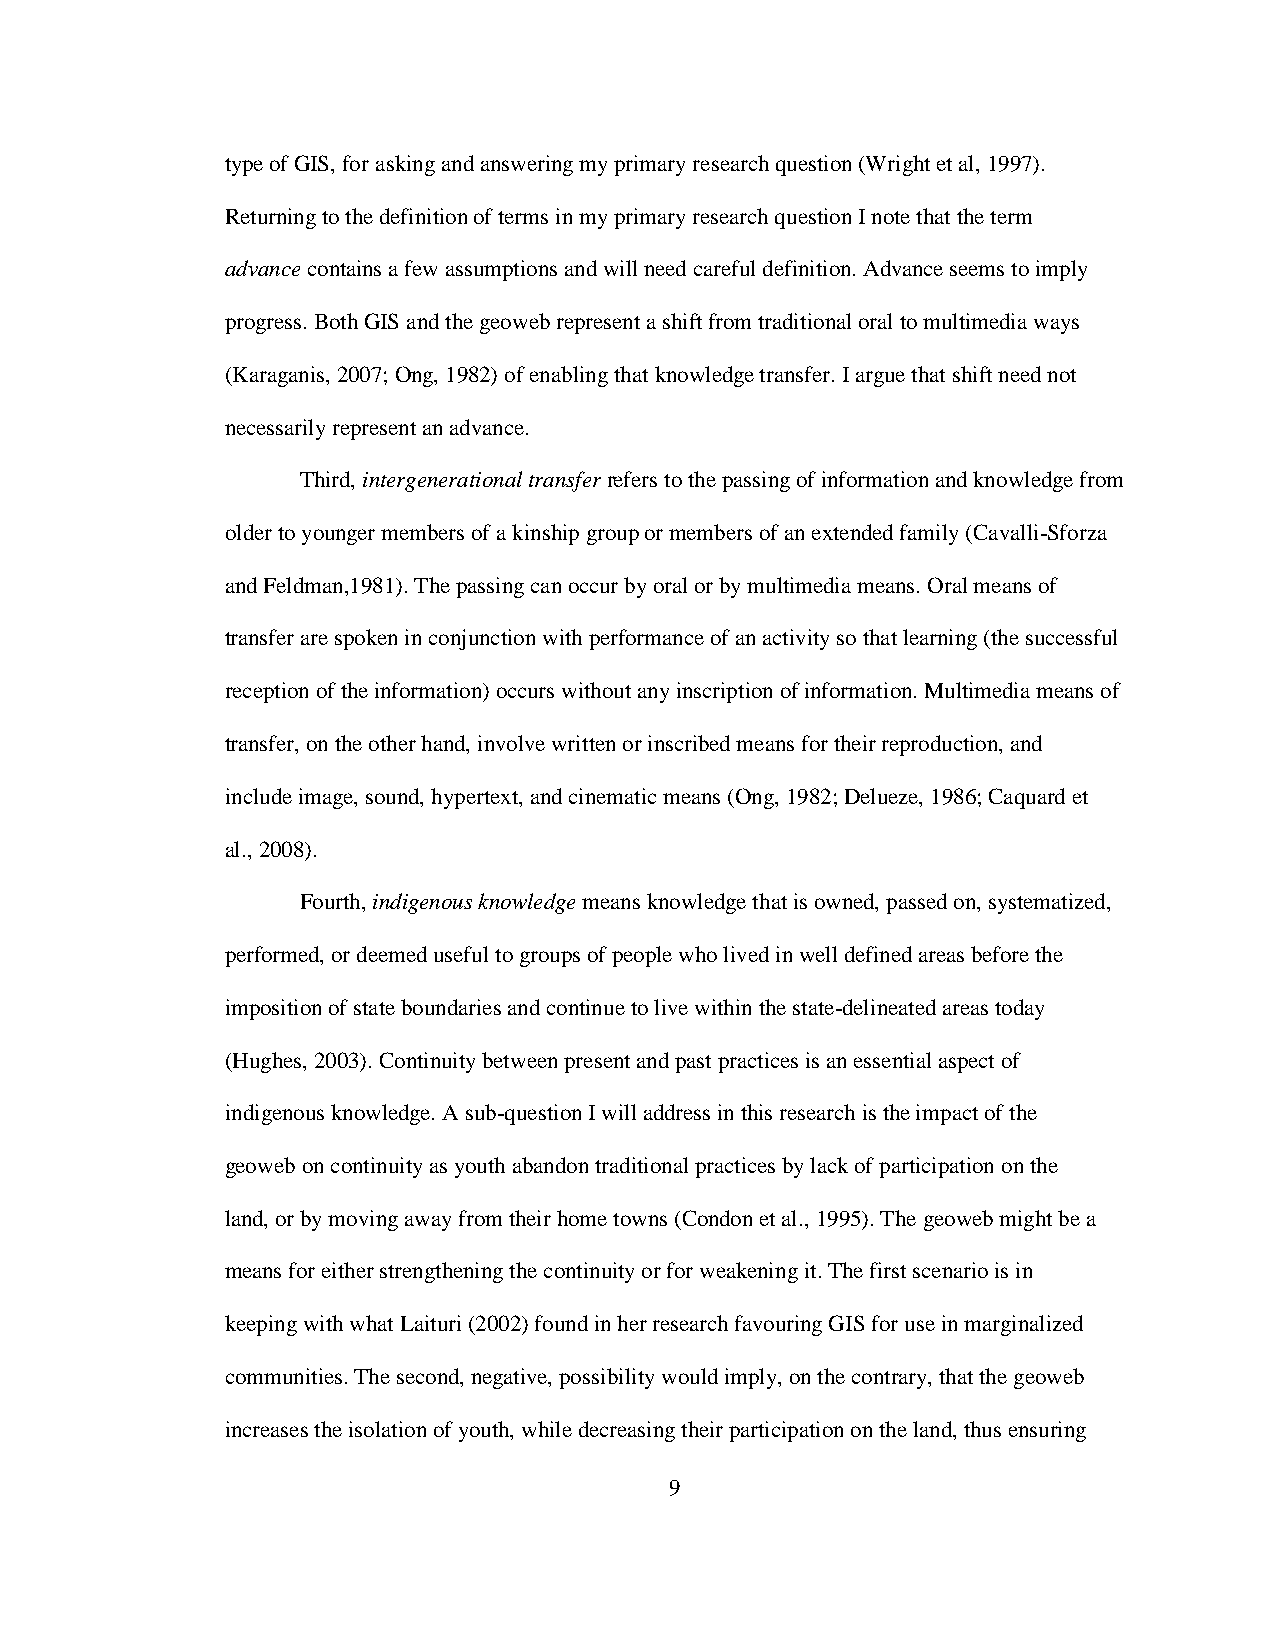
type of GIS, for asking and answering my primary research question (Wright et al, 1997).
 Returning to the definition of terms in my primary research question I note that the term
 advance contains a few assumptions and will need careful definition. Advance seems to imply
 progress. Both GIS and the geoweb represent a shift from traditional oral to multimedia ways
 (Karaganis, 2007; Ong, 1982) of enabling that knowledge transfer. I argue that shift need not
 necessarily represent an advance.
 Third, intergenerational transfer refers to the passing of information and knowledge from
 older to younger members of a kinship group or members of an extended family (Cavalli-Sforza
 and Feldman,1981). The passing can occur by oral or by multimedia means. Oral means of
 transfer are spoken in conjunction with performance of an activity so that learning (the successful
 reception of the information) occurs without any inscription of information. Multimedia means of
 transfer, on the other hand, involve written or inscribed means for their reproduction, and
 include image, sound, hypertext, and cinematic means (Ong, 1982; Delueze, 1986; Caquard et
 al., 2008).
 Fourth, indigenous knowledge means knowledge that is owned, passed on, systematized,
 performed, or deemed useful to groups of people who lived in well defined areas before the
 imposition of state boundaries and continue to live within the state-delineated areas today
 (Hughes, 2003). Continuity between present and past practices is an essential aspect of
 indigenous knowledge. A sub-question I will address in this research is the impact of the
 geoweb on continuity as youth abandon traditional practices by lack of participation on the
 land, or by moving away from their home towns (Condon et al., 1995). The geoweb might be a
 means for either strengthening the continuity or for weakening it. The first scenario is in
 keeping with what Laituri (2002) found in her research favouring GIS for use in marginalized
 communities. The second, negative, possibility would imply, on the contrary, that the geoweb
 increases the isolation of youth, while decreasing their participation on the land, thus ensuring
 9